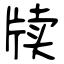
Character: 牍